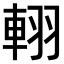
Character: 𨋾